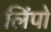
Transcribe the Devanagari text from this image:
लिंपो